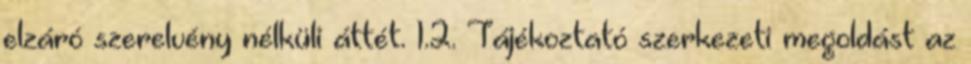
elzáró szerelvény nélküli áttét. 1.2. Tájékoztató szerkezeti megoldást az